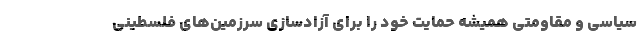
سیاسی و مقاومتی همیشه حمایت خود را برای آزادسازی سرزمین‌های فلسطینی